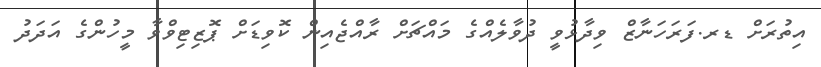
އިތުރަށް ޑރ.ފަރަހަނާޒް ވިދާޅުވީ ދުވާލެއްގެ މައްޗަށް ރާއްޖެއިން ކޮވިޑަށް ޕޮޒިޓިވްވާ މީހުންގެ އަދަދު